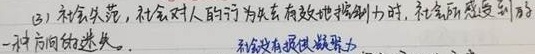
(3) 社会失范，当社会对人的行为失去有效控制力时，社会所感受到的一种方向迷失。此时，社会没有提供凝聚力。